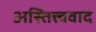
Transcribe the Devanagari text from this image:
अस्तित्त्ववाद